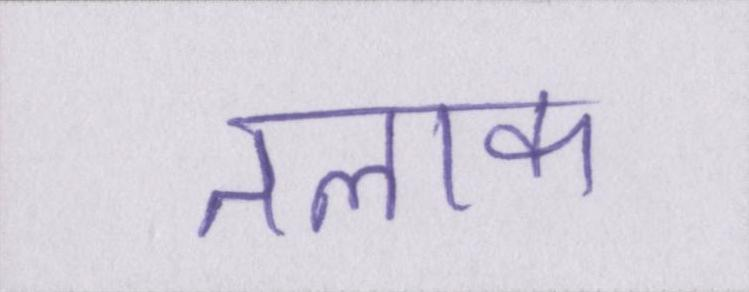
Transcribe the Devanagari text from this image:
तलाक